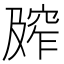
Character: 𰩕